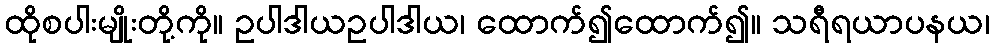
ထိုစပါးမျိုးတို့ကို။ ဥပါဒါယဥပါဒါယ၊ ထောက်၍ထောက်၍။ သရီရယာပနယ၊